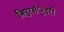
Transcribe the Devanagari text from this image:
त्रिपुरसंुदरी